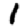
Digit: 1